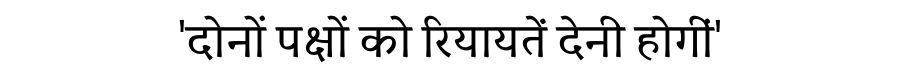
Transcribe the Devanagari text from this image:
'दोनों पक्षों को रियायतें देनी होगीं'